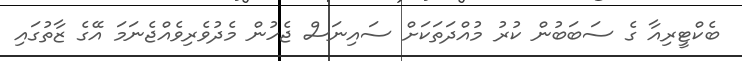
ބެކްޓީރިއާ ގެ ސަބަބުން ކުރު މުއްދަތަކަށް ސައިނަސް ޖެހުން މެދުވެރިވެއްޖެނަމަ އޭގެ ޒާތުގައި